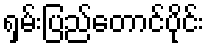
ရှမ်းပြည်တောင်ပိုင်း